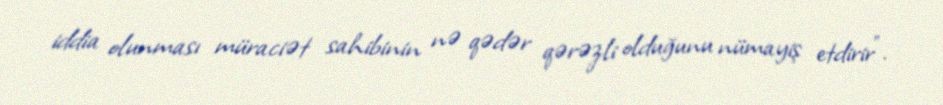
iddia olunması müraciət sahibinin nə qədər qərəzli olduğunu nümayiş etdirir".